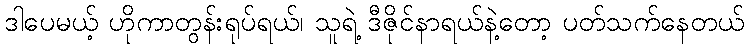
ဒါပေမယ့် ဟိုကာတွန်းရုပ်ရယ်၊ သူရဲ့ ဒီဇိုင်နာရယ်နဲ့တော့ ပတ်သက်နေတယ်